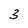
Character: 3